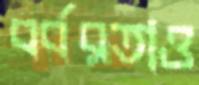
বর্বরতাও